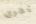
تجرى